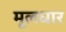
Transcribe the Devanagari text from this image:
मूलधार